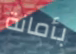
بأمانة